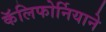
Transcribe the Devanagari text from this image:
कॅलिफोर्नियाने